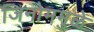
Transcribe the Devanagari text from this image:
जिनोममुळे